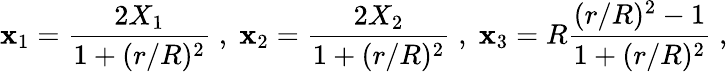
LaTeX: \mathbf{x}_{1}=\frac{{2X_{1}}}{{1+(r/R)^{2}}}\; ,\; \mathbf{x}_{2}=\frac{{2X_{2}}}{{1+(r/R)^{2}}}\; ,\; \mathbf{x}_{3}=R\frac{{(r/R)^{2}-1}}{{1+(r/R)^{2}}}\; ,